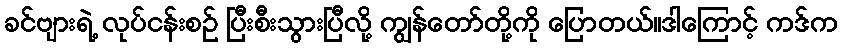
ခင်ဗျားရဲ့ လုပ်ငန်းစဉ် ပြီးစီးသွားပြီလို့ ကျွန်တော်တို့ကို ပြောတယ်။ဒါကြောင့် ကဒ်က